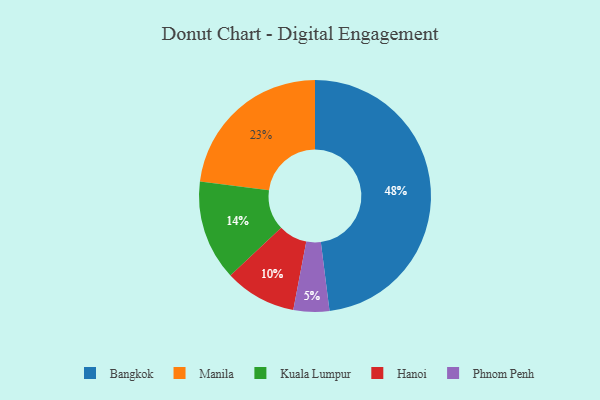
{"axis": {"x": "Category", "y": "Percentage"}, "legend": ["Bangkok", "Hanoi", "Kuala Lumpur", "Manila", "Phnom Penh"], "data": [{"x": "Manila", "y": 23, "type": "Manila"}, {"x": "Bangkok", "y": 48, "type": "Bangkok"}, {"x": "Kuala Lumpur", "y": 14, "type": "Kuala Lumpur"}, {"x": "Hanoi", "y": 10, "type": "Hanoi"}, {"x": "Phnom Penh", "y": 5, "type": "Phnom Penh"}]}